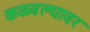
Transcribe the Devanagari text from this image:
कळवल्यावर